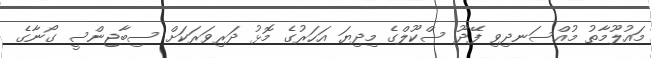
މައުލޫމާތު މުއްސަނދިވި ފޭދޫ ސްކޫލްގެ މިދިޔަ އަހަރުގެ މޮޅު ދަރިވަރަކަށް ސިބާޖިންސީ ގޯނާގެ